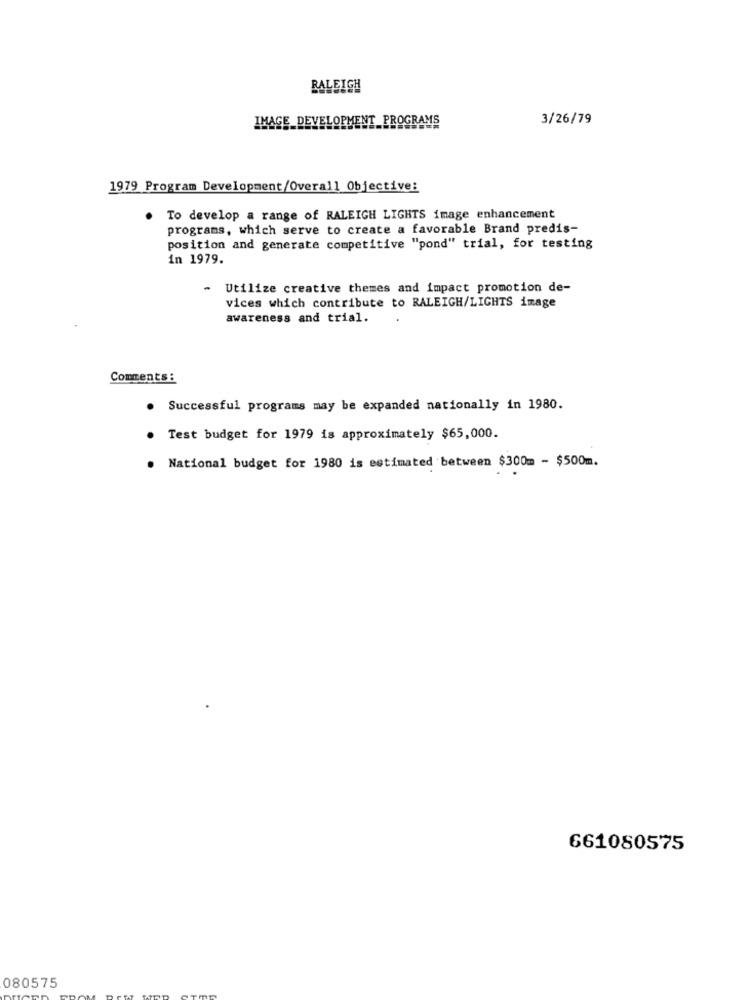
RALEIGH
IMAGE_DEVELOPMENT
PROGR
MS
3/26/79
1979 Program Development/Overall Objective:
To develop a range of RALEIGH LIGHTS image enhancement
programs, which serve to create a favorable Brand predis-
position and generate competitive "pond" trial, for testing
in 1979.
- Utilize creative themes and impact promotion de-
vices which contribute to RALEIGH/LIGHTS image
awareness and trial.
Comments :
. Successful programs may be expanded nationally in 1980.
Test budget for 1979 is approximately $65,000.
National budget for 1980 is estimated between $300m - $500m.
661080575
080575